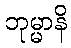
ဘုမ္မာနိ